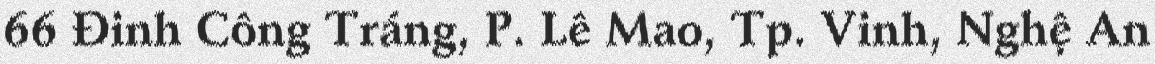
66 Đinh Công Tráng, P. Lê Mao, Tp. Vinh, Nghệ An